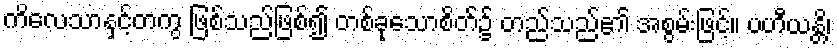
ကိလေသာနှင့်တကွ ဖြစ်သည်ဖြစ်၍ တစ်ခုသောစိတ်၌ တည်သည်၏ အစွမ်းဖြင့်။ ပဟီယန္တိ၊